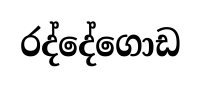
රද්දේගොඩ